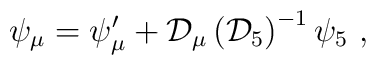
\psi_\mu=\psi_\mu'+{\cal D}_\mu\left({\cal D}_5\right)^{-1}\psi_5\ ,